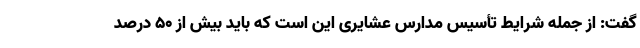
گفت: از جمله شرایط تأسیس مدارس عشایری این است که باید بیش از ۵۰ درصد